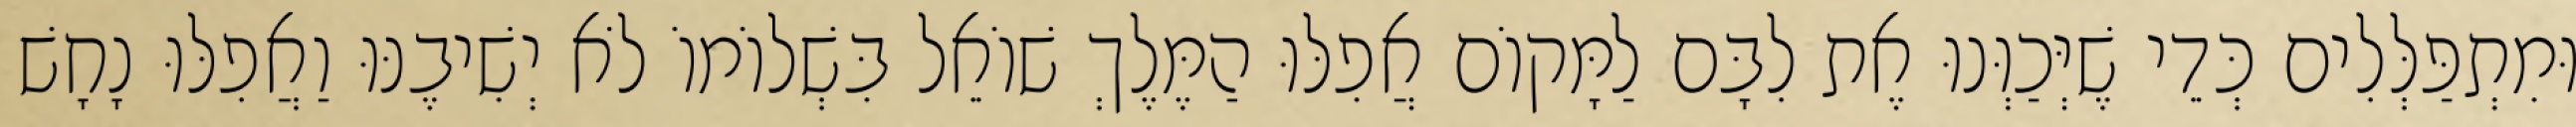
וּמִתְפַּלְּלִים כְּדֵי שֶׁיְּכַוְּנוּ אֶת לִבָּם לַמָּקוֹם אֲפִלּוּ הַמֶּלֶךְ שׁוֹאֵל בִּשְׁלוֹמוֹ לֹא יְשִׁיבֶנּוּ וַאֲפִלּוּ נָחָשׁ